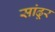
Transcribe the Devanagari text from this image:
सांढूर